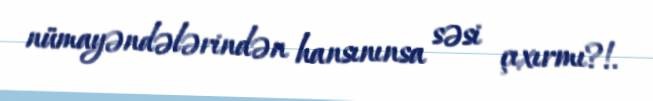
nümayəndələrindən hansınınsa səsi çıxırmı?!.